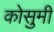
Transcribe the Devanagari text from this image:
कोसुमी